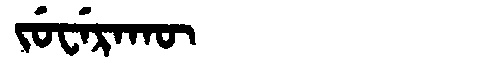
Manchu: ᠵᡠᠸᡝᡵᠠᡴᡡ
Romanization: JUWERAKŪ